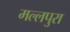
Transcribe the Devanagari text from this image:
मल्लपुरा